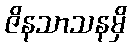
ဇိနသာသနမှိ